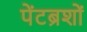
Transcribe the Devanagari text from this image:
पेंटब्रशों